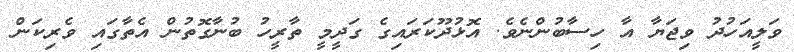
ވަލީއަހުދު ވިޖަޔާ އާ ހިސާބުންނެވެ. އޮޅުދޫކަރައިގެ ގަދީމީ ތާރީހު ބުނާގޮތުން އެތާގައި ވެރިކަން